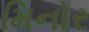
મિનોર